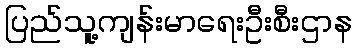
ပြည်သူ့ကျန်းမာရေးဦးစီးဌာန